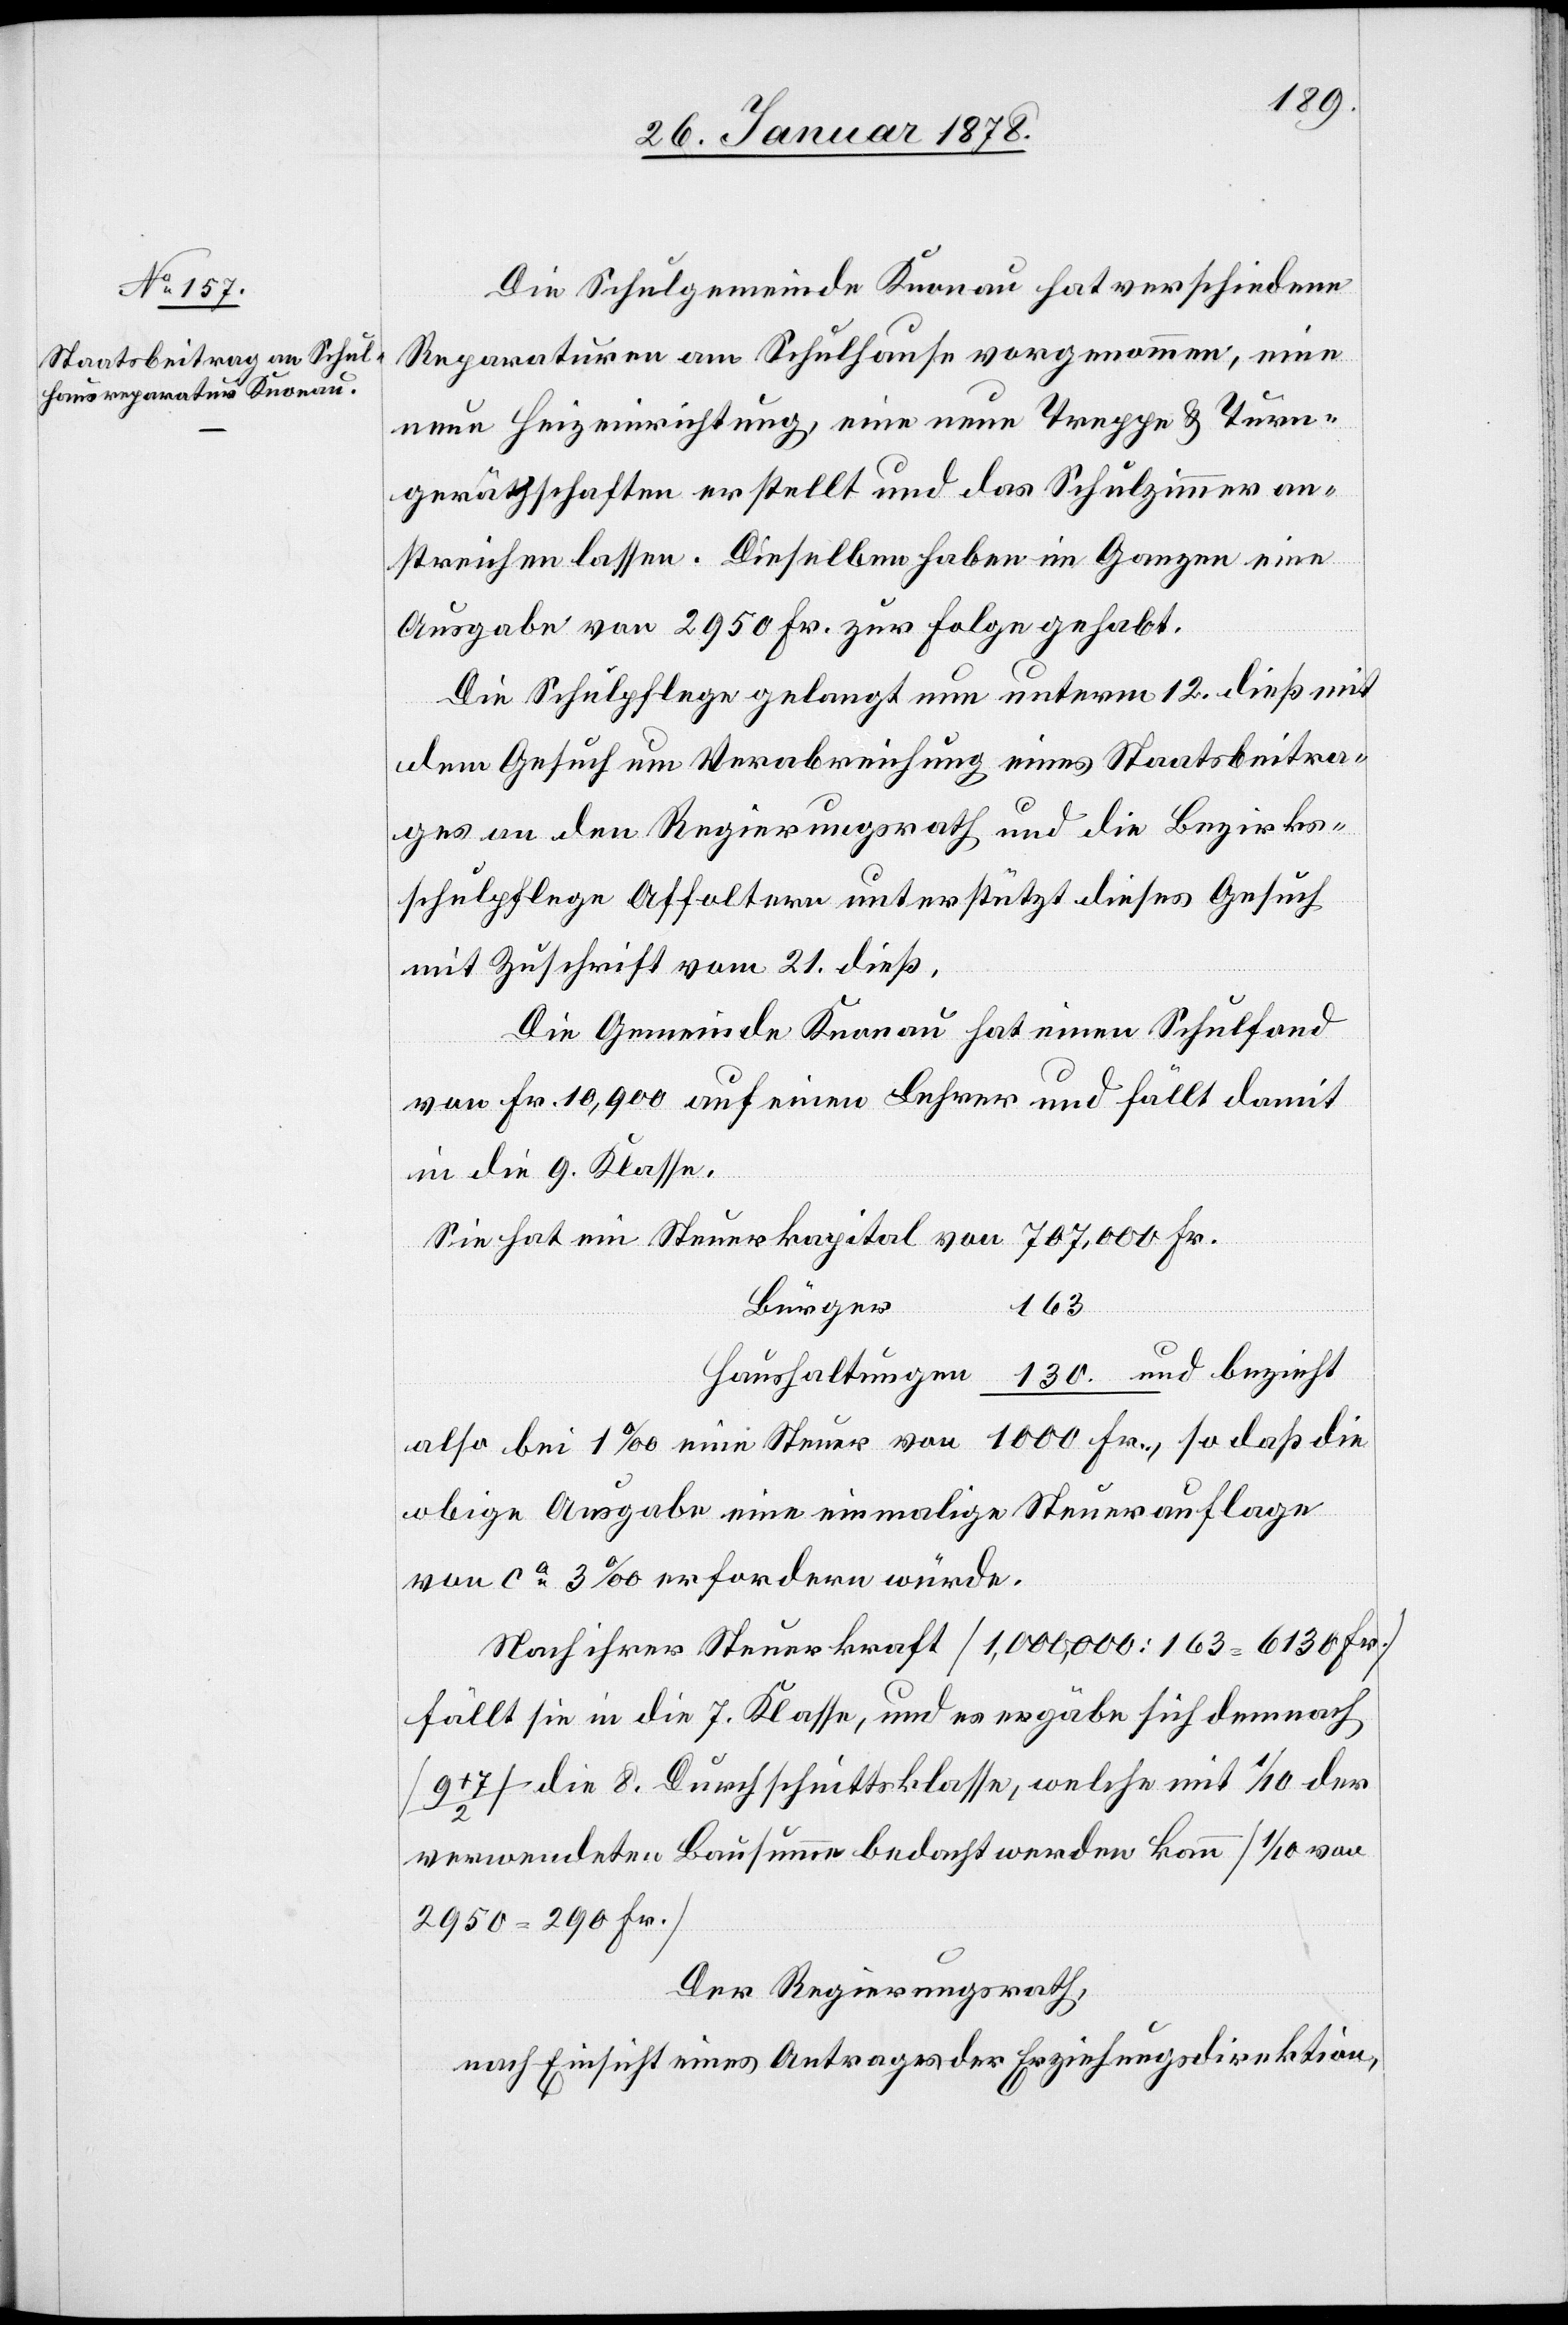
Die Schulgemeinde Knonau hat verschiedene
Reparaturen am Schulhause vorgenommen, eine
neue Heizeinrichtung, eine neue Treppe & Turn¬
geräthschaften erstellt und das Schulzimmer an¬
streichen lassen. Dieselben haben im Ganzen eine
Ausgabe von 2950 Fr. zur Folge gehabt.
Die Schulpflege gelangt nun unterm 12. dieß mit
dem Gesuch um Verabreichung eines Staatsbeitra¬
ges an den Regierungsrath und die Bezirks¬
schulpflege Affoltern unterstützt dieses Gesuch
mit Zuschrift vom 21. dieß.
Die Gemeinde Knonau hat einen Schulfond
von Fr. 10,900 auf einen Lehrer und fällt damit
in die 9. Klasse.
Sie hat ein Steuerkapital von 707,000 Fr.
Bürger
163
Haushaltungen 130. und bezieht
also bei 1‰ eine Steuer von 1000 Fr., so daß die
obige Ausgabe eine einmalige Steuerauflage
von ca. 3‰ erfordern würde.
Nach ihrer Steuerkraft (1,000,000 : 163 = 6130 Fr.)
fällt sie in die 7. Klasse, und es ergäbe sich demnach
+ 7 / 2) die 8. Durchschnittsklasse, welche mit 1/10 der
verwendeten Bausumme bedacht werden könne (1/10 von
2950 = 290 Fr.).
Der Regierungsrath,
nach Einsicht eines Antrages der Erziehungsdirektion,